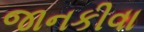
જાનકીવા